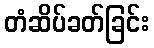
တံဆိပ်ခတ်ခြင်း